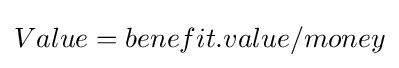
Value=benefit.value/money